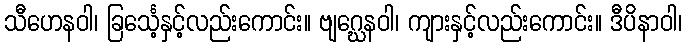
သီဟေနဝါ၊ ခြင်္သေ့နှင့်လည်းကောင်း။ ဗျဂ္ဃေနဝါ၊ ကျားနှင့်လည်းကောင်း။ ဒီပိနာဝါ၊